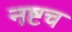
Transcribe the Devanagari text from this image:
नष्टच